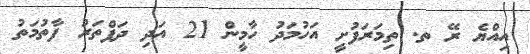
އިއްޔެ ރޭ ތ. ތިމަރަފުށީ އަހުމަދު ހާމީން 21 އަދި ދަފްތަރު ފާތުމަތު